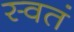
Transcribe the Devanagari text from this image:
स्वतं